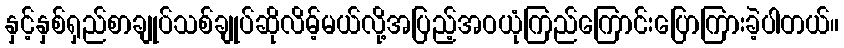
နှင့်နှစ်ရှည်စာချုပ်သစ်ချုပ်ဆိုလိမ့်မယ်လို့အပြည့်အဝယုံကြည်ကြောင်းပြောကြားခဲ့ပါတယ်။